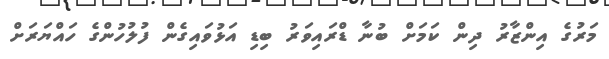
މަރުގެ އިންޒާރު ދިން ކަމަށް ބުނާ ޑްރައިވަރު ބިޑި އަޅުވައިގެން ފުލުހުންގެ ހައްޔަރަށް